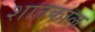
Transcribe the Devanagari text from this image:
शातकाल